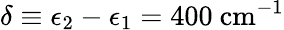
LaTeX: \delta\equiv\epsilon_{2}-\epsilon_{1}=400~\textrm{cm}^{-1}